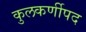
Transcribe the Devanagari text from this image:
कुलकर्णीपद